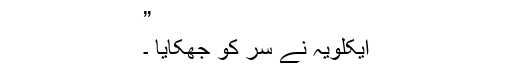
”
ایکلویہ نے سر کو جھکایا ۔